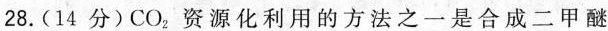
28.(14分)CO_{2}资源化利用的方法之一是合成二甲醚